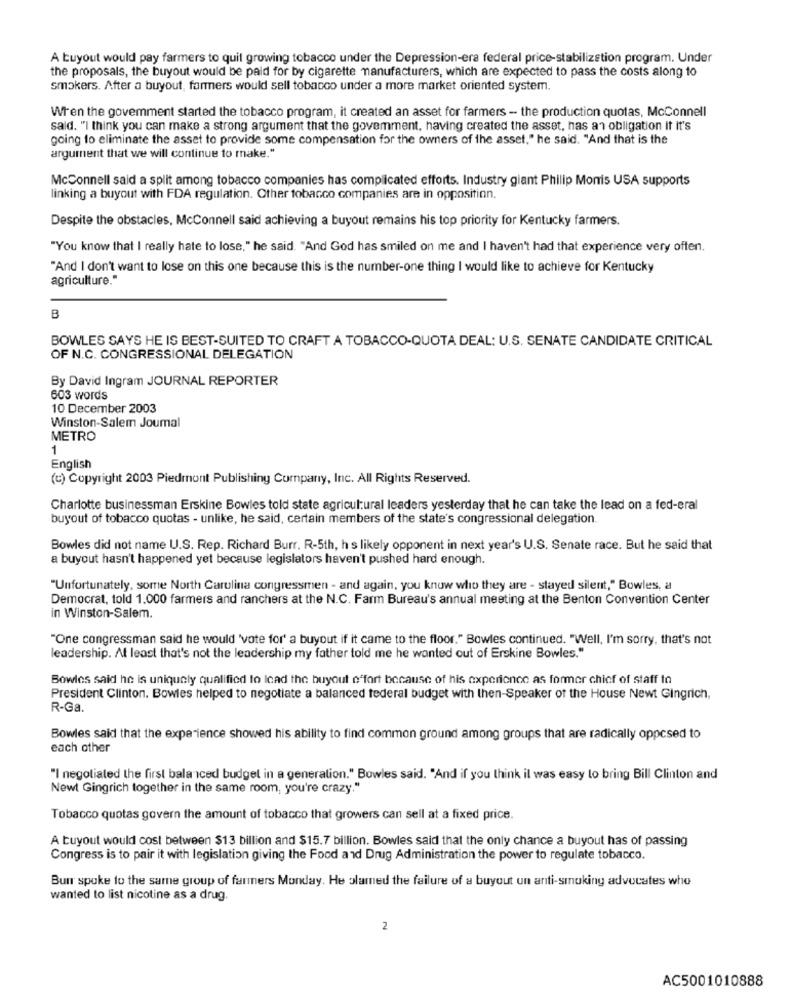
A buyout would pay farmers to quit growing tobacco under the Depression-era federal price-stabilization program. Under
the proposals, the buyout would be paid for by cigarette manufacturers, which are expected to pass the costs along to
smokers. After a buyout, farmers would sell tobacco under a more market oriented system.
Wren the govemment started the tobacco program, it created an asset for farmers - the production quotas, McConnell
said. "I think you can make a strong argument that the govemment, having created the asset, has an obligation it it's
going to eliminate the asset to provide some compensation for the owners of the asset," he said. "And that is the
argument that we will continue to make."
McConnell said a split among tobacco companies has complicated efforts. Industry giant Philip Monis USA supports
linking a buyout with FDA regulation. Other tobacco companies are in opposition.
Despite the obstacles, McConnell said achieving a buyout remains his top priority for Kentucky farmers.
"You know that I really hate to lose," he said. "And God has smiled on me and I haven't had that experience very often.
"And I don't want to lose on this one because this is the number-one thing I would like to achieve for Kentucky
agriculture."
B
BOWLES SAYS HE IS BEST-SUITED TO CRAFT A TOBACCO-QUOTA DEAL: U.S. SENATE CANDIDATE CRITICAL
OF N.C. CONGRESSIONAL DELEGATION
By David Ingram JOURNAL REPORTER
603 words
10 December 2003
Winston-Salem Joumal
METRO
1
English
(c) Copyright 2003 Piedmont Publishing Company, Inc. All Rights Reserved.
Charlotte businessman Erskine Bowles told state agricultural leaders yesterday that he can take the lead on a fed-eral
buyout of tobacco quotas - unlike, he said, certain members of the state's congressional delegation.
Bowles did not name U.S. Rep. Richard Burr. R-5th, h s likely opponent in next year's U.S. Senate race. But he said that
a buyout hasn't happened yet because legislators haven't pushed hard enough.
"Unfortunately, some North Carolina congressmen - and again, you know who they are - stayed silent," Bowles, a
Democrat, told 1.000 farmers and ranchers at the N.C. Farm Bureau's annual meeting at the Benton Convention Center
in Winston-Salem.
"One congressman said he would 'vote for' a buyout if it came to the floor." Bowles continued. "Well, I'm sorry, that's not
leadership. At least that's not the leadership my father told me he wanted out of Erskine Bowles."
Bowles said he is uniquely qualified to Icad the buyout effort because of his experience as former chief of staff to
President Clinton. Bowles helped to negotiate a balanced federal budget with then-Speaker of the House Newt Gingrich,
R-Ga.
Bowles said that the experience showed his ability to find common ground among groups that are radically oppcsed to
each other
"I negotiated the first balanced budget in a generation." Bowles said. "And if you think il was easy to bring Bill Clinton and
Newt Gingrich together in the same room, you're crazy."
Tobacco quotas govern the amount of tobacco that growers can sell at a fixed price.
A buyout would cost between $13 billion and $15.7 billion. Bowles said that the only chance a buyout has of passing
Congress is to pair it with legislation giving the Food and Drug Administration the power to regulate tobacco.
Bun spoke to the same group of farmers Monday. He olamed the failure of a buyout un anti-smoking advocates who
wanted to list nicotine as a drug.
2
AC5001010888